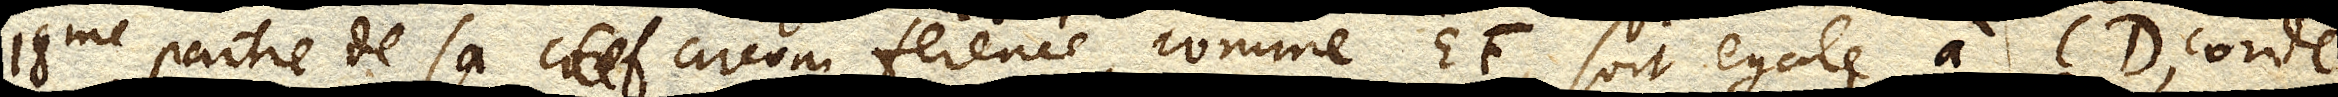
18me partie de sa coef circom ference, comme EF, soit egale à CD, corde